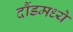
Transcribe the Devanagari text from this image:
दौंडमध्ये